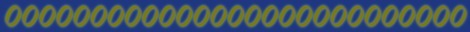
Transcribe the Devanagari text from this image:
०००००००००००००००००००००००००००